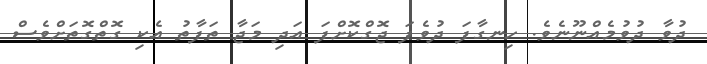
ދުވާ ދުވުމެއްނޫނެވެ. ހިނގާފަ ދުވެފަ ޖޮގްކޮށްފަ އަދި މަޖާ ތަފާތު އެކި ގޮތްގޮތަށްވެސް